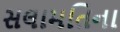
સલામતિના